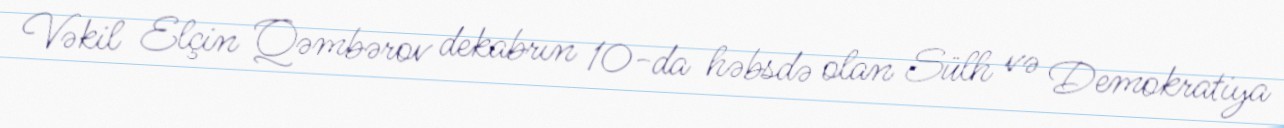
Vəkil Elçin Qəmbərov dekabrın 10-da həbsdə olan Sülh və Demokratiya